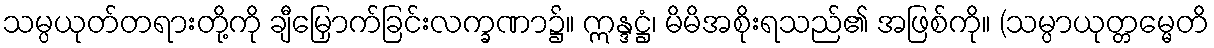
သမ္ပယုတ်တရားတို့ကို ချီမြှောက်ခြင်းလက္ခဏာ၌။ ဣန္ဒဋ္ဌံ၊ မိမိအစိုးရသည်၏ အဖြစ်ကို။ (သမ္ပာယုတ္တမ္မေတိ